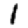
Digit: 1